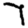
Digit: 7